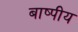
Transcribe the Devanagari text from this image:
बाष्पीय